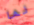
لها